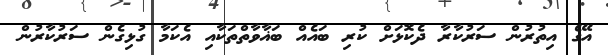
އޭގެ އިތުރުން ސަރުކާރާ ދެކޮޅަށް ކުރި ބައެއް ބަޣާވާތްތަކާއި އެކަމާ ގުޅިގެން ސަރުކާރުން